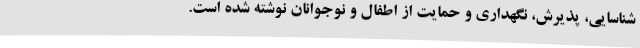
شناسایی، پذیرش، نگهداری و حمایت از اطفال و نوجوانان نوشته شده است.